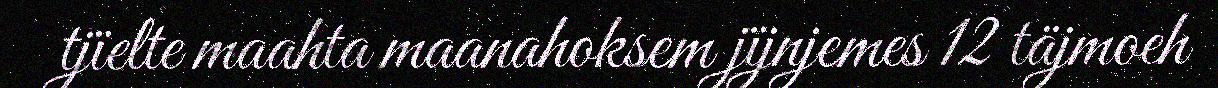
tjïelte maahta maanahoksem jïjnjemes 12 täjmoeh